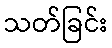
သတ်ခြင်း